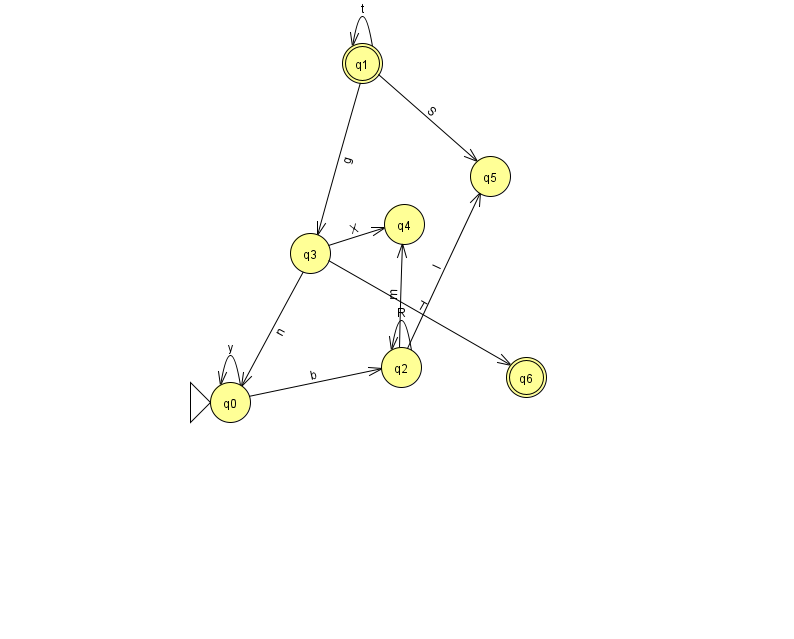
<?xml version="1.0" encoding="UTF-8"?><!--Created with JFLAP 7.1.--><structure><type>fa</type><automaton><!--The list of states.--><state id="0" name="q0"><x>230.0</x><y>389.0</y><initial/></state><state id="1" name="q1"><x>362.0</x><y>50.0</y><final/></state><state id="2" name="q2"><x>401.0</x><y>354.0</y></state><state id="3" name="q3"><x>310.0</x><y>240.0</y></state><state id="4" name="q4"><x>404.0</x><y>211.0</y></state><state id="5" name="q5"><x>490.0</x><y>163.0</y></state><state id="6" name="q6"><x>526.0</x><y>364.0</y><final/></state><!--The list of transitions.--><transition><from>1</from><to>5</to><read>S</read></transition><transition><from>2</from><to>2</to><read>R</read></transition><transition><from>1</from><to>1</to><read>t</read></transition><transition><from>3</from><to>4</to><read>X</read></transition><transition><from>0</from><to>0</to><read>y</read></transition><transition><from>3</from><to>0</to><read>n</read></transition><transition><from>2</from><to>5</to><read>I</read></transition><transition><from>0</from><to>2</to><read>b</read></transition><transition><from>1</from><to>3</to><read>g</read></transition><transition><from>2</from><to>4</to><read>m</read></transition><transition><from>3</from><to>6</to><read>T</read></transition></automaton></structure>